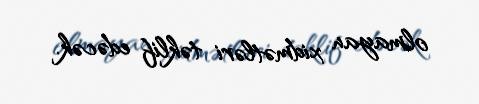
olmayan xidmətləri təklif edəcək.